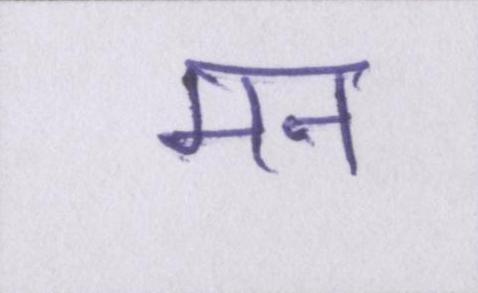
मन